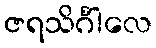
ဇရသိင်္ဂါလေ